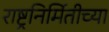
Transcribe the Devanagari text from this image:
राष्ट्रनिर्मितीच्या